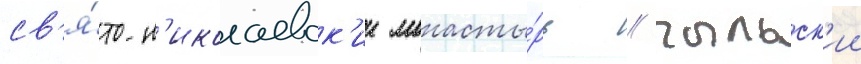
св'я́то-н'иколаевск'ии монасты́рь / рыльск'ии